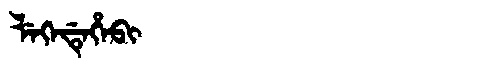
Manchu: ᠯᡝᡴᡝᡩᡝᡥᡝᠪᡳ
Romanization: LEKEDEHEBI